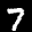
Label: 7